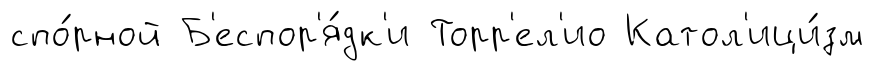
спо́рной Б'еспор'я́дк'и Торр'ел'ио Катол'ици́зм